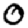
Digit: 0